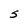
Character: S